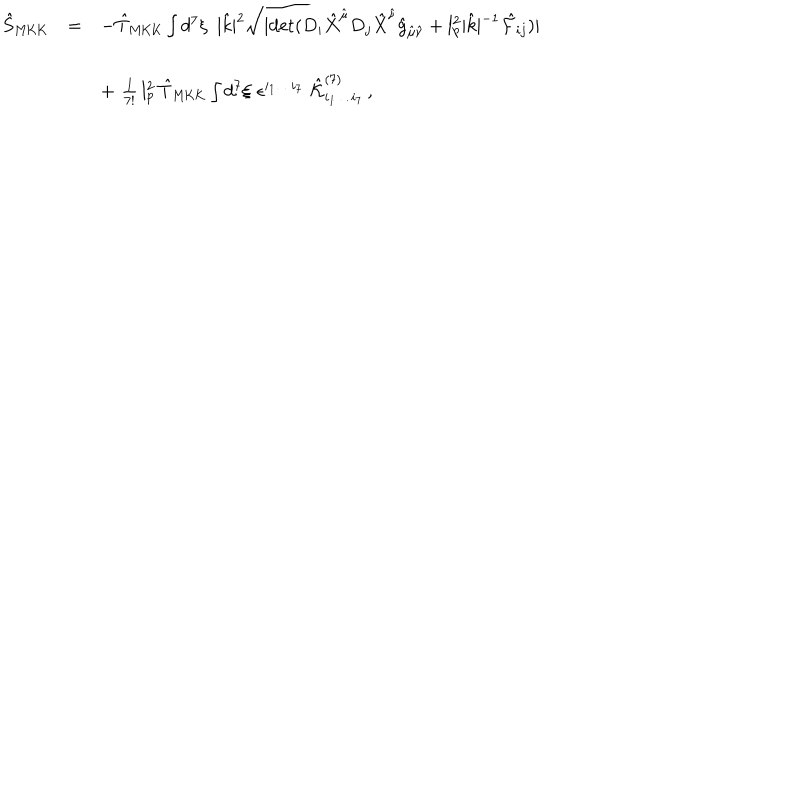
\begin{array} { r c l } { { { \hat { S } } _ { \mathrm { M K K } } } } & { { = } } & { { - { \hat { T } } _ { \mathrm { M K K } } \int d ^ { 7 } \xi \, \, \, | { \hat { k } } | ^ { 2 } \sqrt { | \mathrm { d e t } ( D _ { i } { \hat { X } } ^ { { \hat { \mu } } } D _ { j } { \hat { X } } ^ { { \hat { \nu } } } { \hat { g } } _ { { \hat { \mu } } { \hat { \nu } } } + l _ { p } ^ { 2 } | { \hat { k } } | ^ { - 1 } { \hat { \cal F } _ { i j } } ) | } } } \\ { { } } & { { } } & { { } } \\ { { } } & { { } } & { { + \, \, { \frac { 1 } { 7 ! } } \, l _ { p } ^ { 2 } \, { \hat { T } } _ { \mathrm { M K K } } \int d ^ { 7 } \xi \, \, \epsilon ^ { i _ { 1 } \dots i _ { 7 } } \, \, { \hat { \cal K } } _ { i _ { 1 } \dots i _ { 7 } } ^ { ( 7 ) } \, , } } \\ \end{array}